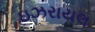
ઇઝરાયલ